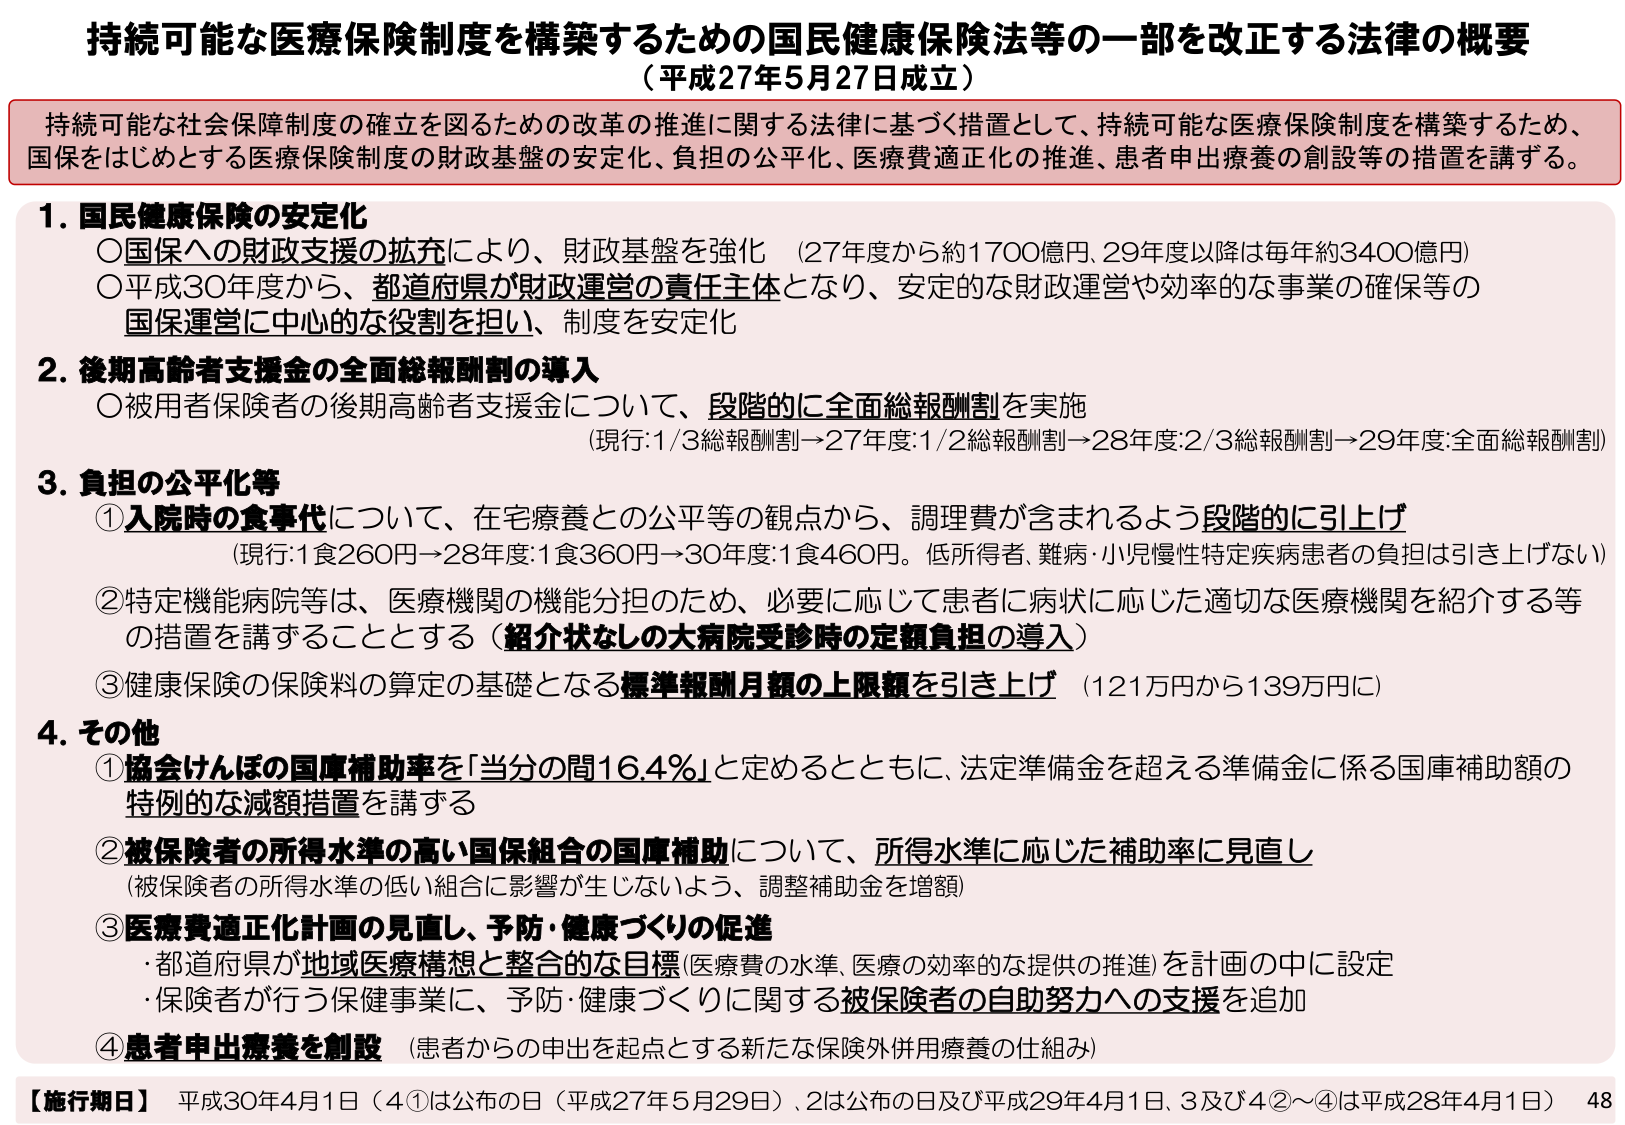
持続可能な医療保険制度を構築するための国民健康保険法等の一部を改正する法律の概要
（平成27年5月27日成立）

持続可能な社会保障制度の確立を図るための改革の推進に関する法律に基づく措置として、持続可能な医療保険制度を構築するため、国保をはじめとする医療保険制度の財政基盤の安定化、負担の公平化、医療費適正化の推進、患者申出療養の創設等の措置を講ずる。

1. 国民健康保険の安定化
　○国保への財政支援の拡充により、財政基盤を強化（27年度から約1700億円、29年度以降は毎年約3400億円）
　○平成30年度から、都道府県が財政運営の責任主体となり、安定的な財政運営や効率的な事業の確保等の国保運営に中心的な役割を担い、制度を安定化

2. 後期高齢者支援金の全面総報酬割の導入
　○被用者保険者の後期高齢者支援金について、段階的に全面総報酬割を実施
　　（現行：1/3総報酬割→27年度：1/2総報酬割→28年度：2/3総報酬割→29年度：全面総報酬割）

3. 負担の公平化等
　①入院時の食事代について、在宅療養との公平等の観点から、調理費が含まれるよう段階的に引上げ
　　（現行：1食260円→28年度：1食360円→30年度：1食460円。低所得者、難病・小児慢性特定疾病患者の負担は引き上げない）
　②特定機能病院等は、医療機関の機能分担のため、必要に応じて患者に病状に応じた適切な医療機関を紹介する等の措置を講ずることとする（紹介状なしの大病院受診時の定額負担の導入）
　③健康保険の保険料の算定の基礎となる標準報酬月額の上限額を引き上げ（121万円から139万円に）

4. その他
　①協会けんぽの国庫補助率を「当分の間16.4％」と定めるとともに、法定準備金を超える準備金に係る国庫補助額の特例的な減額措置を講ずる
　②被保険者の所得水準の高い国保組合の国庫補助について、所得水準に応じた補助率に見直し
　　（被保険者の所得水準の低い組合に影響が生じないよう、調整補助金を増額）
　③医療費適正化計画の見直し、予防・健康づくりの促進
　　・都道府県が地域医療構想と整合的な目標（医療費の水準、医療の効率的な提供の推進）を計画の中に設定
　　・保険者が行う保健事業に、予防・健康づくりに関する被保険者の自助努力への支援を追加
　④患者申出療養を創設（患者からの申出を起点とする新たな保険外併用療養の仕組み）

【施行期日】平成30年4月1日（4①は公布の日（平成27年5月29日）、2は公布の日及び平成29年4月1日、3及び4②～④は平成28年4月1日）
48